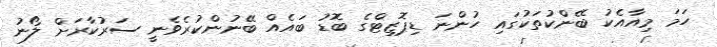
ހަމަ މިއާއެކު ބޭންކުތަކުގައި ހުންނަ ޑިޕޮޒިޓްގެ ބޮޑު ބައެއް ބޭނުންކުރެވެނީ ސަރުކާރަށް ލޯނު